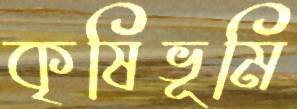
কৃষিভূমি